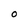
Character: O